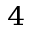
^ { 4 }